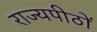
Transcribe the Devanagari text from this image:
राज्यपीठों